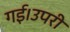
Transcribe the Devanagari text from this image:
गई।उपरी